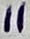
Text: 11